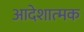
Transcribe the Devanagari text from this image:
आदेशात्‍मक